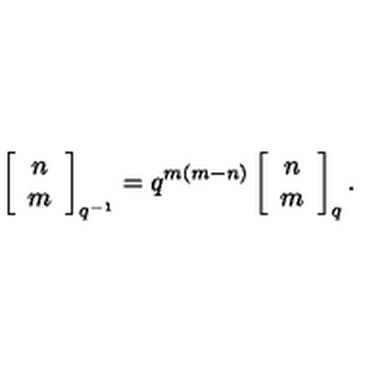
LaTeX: \left[ \begin{array} { c } { n } \\ { m } \\ \end{array} \right] _ { q ^ { - 1 } } = q ^ { m ( m - n ) } \left[ \begin{array} { c } { n } \\ { m } \\ \end{array} \right] _ { q } .